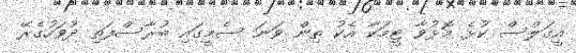
އީގަލްސް ކުޅެ މޮޅުވާ ޓީމަކާ އެކު ތިން ވަނަ ސެމީގައި ބުރާސްފަތި ދުވަހުގެރޭ